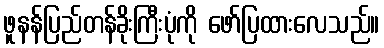
ဖူနန်ပြည်တန်ခိုးကြီးပုံကို ဖော်ပြထားလေသည်။